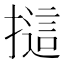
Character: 𢳘